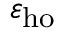
\varepsilon _ { \mathrm { h o } }